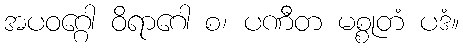
အပဝဂ္ဂေါ ဝိရာဂေါ စ၊ ပဏီတ မစ္စုတံ ပဒံ။